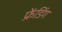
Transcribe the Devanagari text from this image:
फ्रेंडिंग